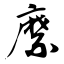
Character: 縻